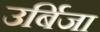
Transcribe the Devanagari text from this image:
उर्बिजा